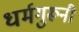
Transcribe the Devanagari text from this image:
धर्मगुरूनी